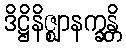
ဒိဋ္ဌိနိဇ္ဈာနက္ခန္တိ